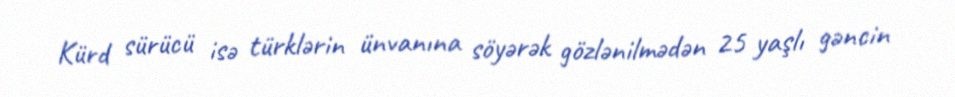
Kürd sürücü isə türklərin ünvanına söyərək gözlənilmədən 25 yaşlı gəncin